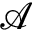
\mathcal { A }